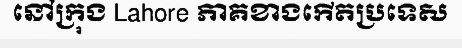
នៅក្រុង Lahore ភាគខាងកើតប្រទេស